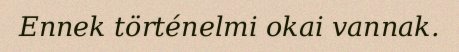
Ennek történelmi okai vannak.